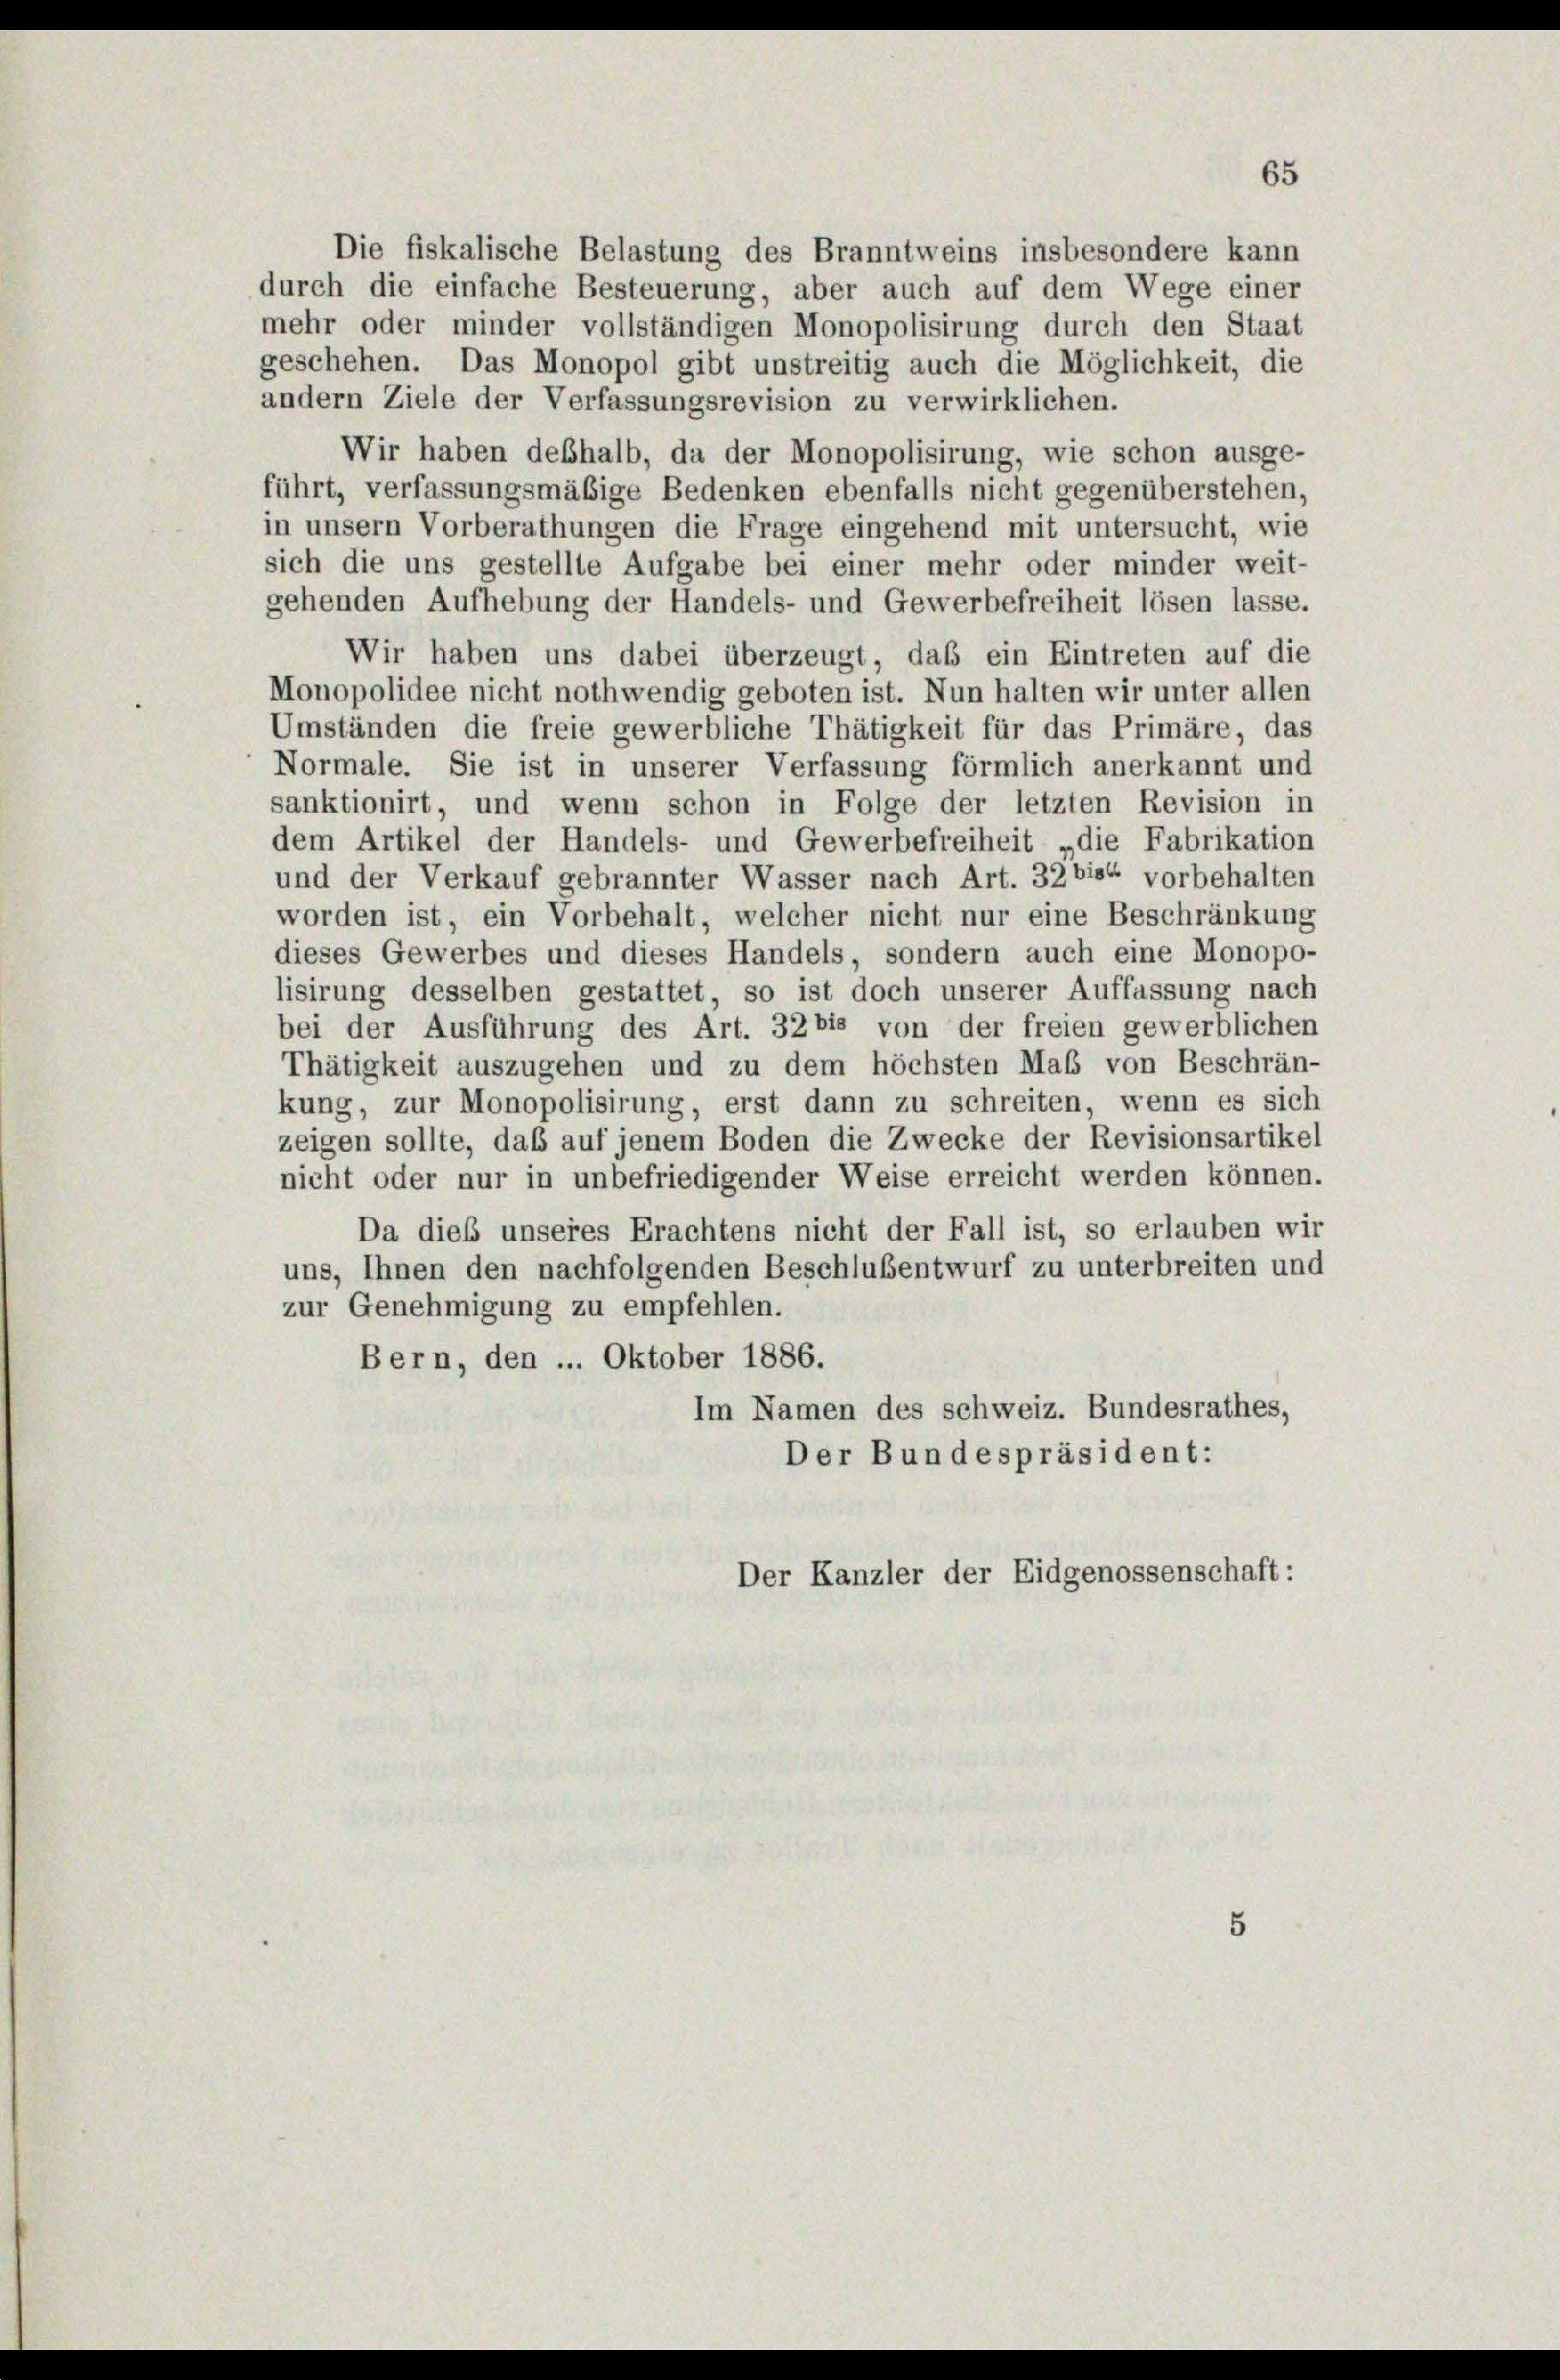
Die fiskalische Belastung des Branntweins insbesondere kann
durch die einfache Besteuerung, aber auch auf dem Wege einer
mehr oder minder vollständigen Monopolisirung durch den Staat
geschehen. Das Monopol gibt unstreitig auch die Möglichkeit, die
andern Ziele der Verfassungsrevision zu verwirklichen.
Wir haben deßhalb, da der Monopolisirung, wie schon ausge-
führt, verfassungsmäßige Bedenken ebenfalls nicht gegenüberstehen,
in unsern Vorberathungen die Frage eingehend mit untersucht, wie
sich die uns gestellte Aufgabe bei einer mehr oder minder weit-
gehenden Aufhebung der Handels- und Gewerbefreiheit lösen lasse.
Wir haben uns dabei überzeugt, das ein Eintreten auf die
Monopolidee nicht nothwendig geboten ist. Nun halten wir unter allen
Umständen die freie gewerbliche Thätigkeit für das Primäre, das
Normale. Sie ist in unserer Verfassung förmlich anerkannt und
sanktionirt, und wenn schon in Folge der letzten Revision in
dem Artikel der Handels- und Gewerbefreiheit „die Fabrikation
und der Verkauf gebrannter Wasser nach Art. 32 bis“ vorbehalten
worden ist, ein Vorbehalt, welcher nicht nur eine Beschränkung
dieses Gewerbes und dieses Handels, sondern auch eine Monopo-
lisirung desselben gestattet, so ist doch unserer Auffassung nach
bei der Ausführung des Art. 32 bis von der freien gewerblichen
Thätigkeit auszugehen und zu dem höchsten Mal von Beschrän-
kung, zur Monopolisirung, erst dann zu schreiten, wenn es sich
zeigen sollte, das auf jenem Boden die Zwecke der Revisionsartikel
nicht oder nur in unbefriedigender Weise erreicht werden können.
Da dieß unseres Erachtens nicht der Fall ist, so erlauben wir
uns, Ihnen den nachfolgenden Beschlußentwurf zu unterbreiten und
zur Genehmigung zu empfehlen.
Bern, den ... Oktober 1886.
Im Namen des schweiz. Bundesrathes,
Der Bundespräsident:
Der Kanzler der Eidgenossenschaft:

65